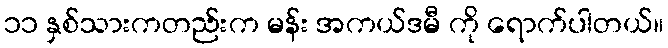
၁၁ နှစ်သားကတည်းက မန်း အကယ်ဒမီ ကို ရောက်ပါတယ်။